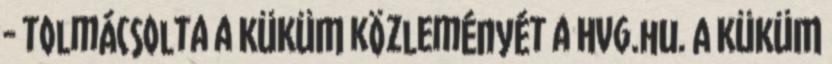
- tolmácsolta a KÜKÜM közleményét a Hvg.hu. A KÜKÜM